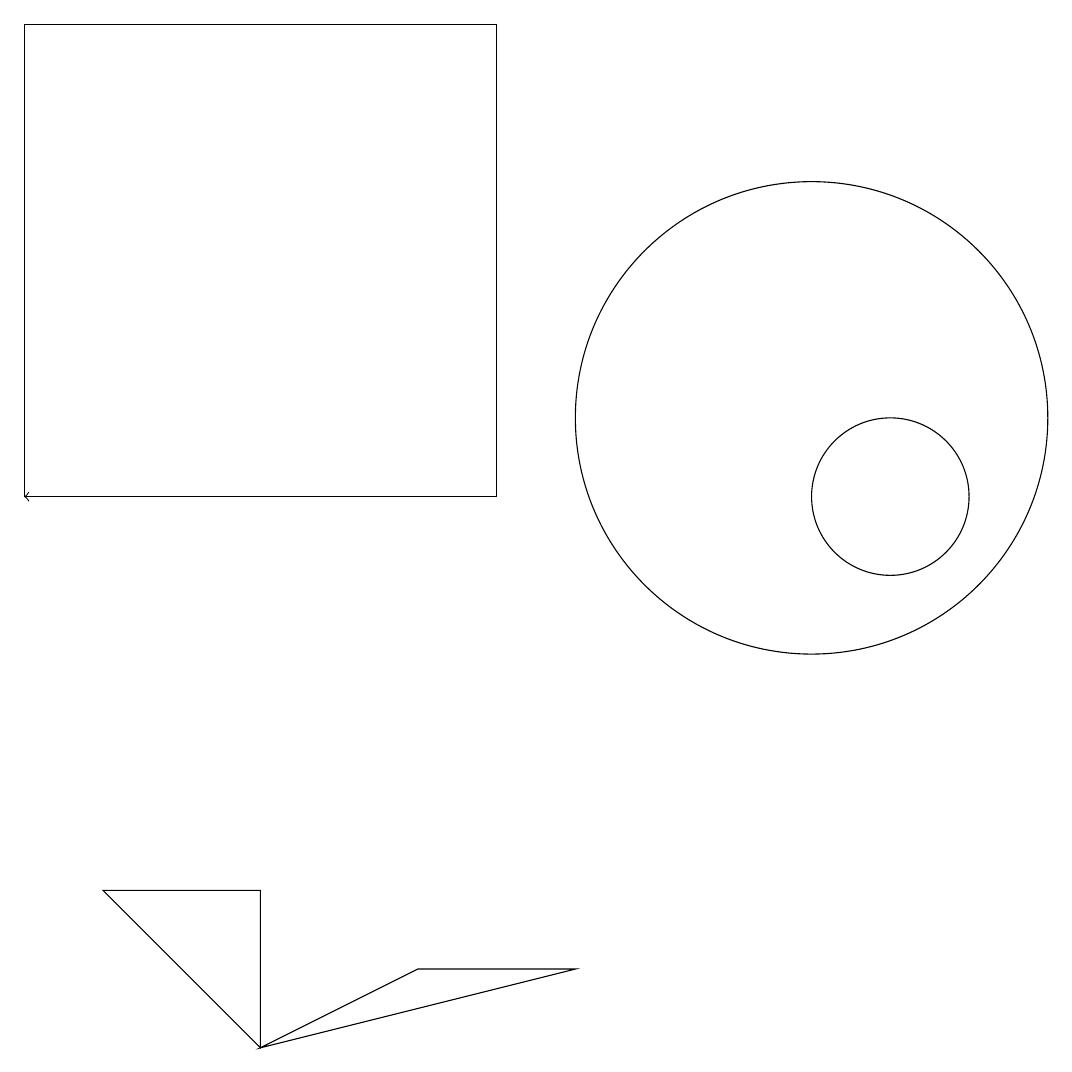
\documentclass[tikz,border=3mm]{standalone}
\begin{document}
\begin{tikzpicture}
\draw (1,5) -- (3,5) -- (3,3) -- cycle;
\draw (6,16) rectangle (0,10);
\draw (10,11) circle (3);
\draw (11,10) circle (1);
\draw (5,4) -- (3,3) -- (7,4) -- cycle;
\draw[->] (3,10) -- (0,10);
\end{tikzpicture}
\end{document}